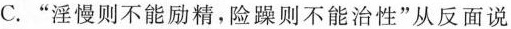
C. ”淫慢则不能励精，险躁则不能治性”从反面说